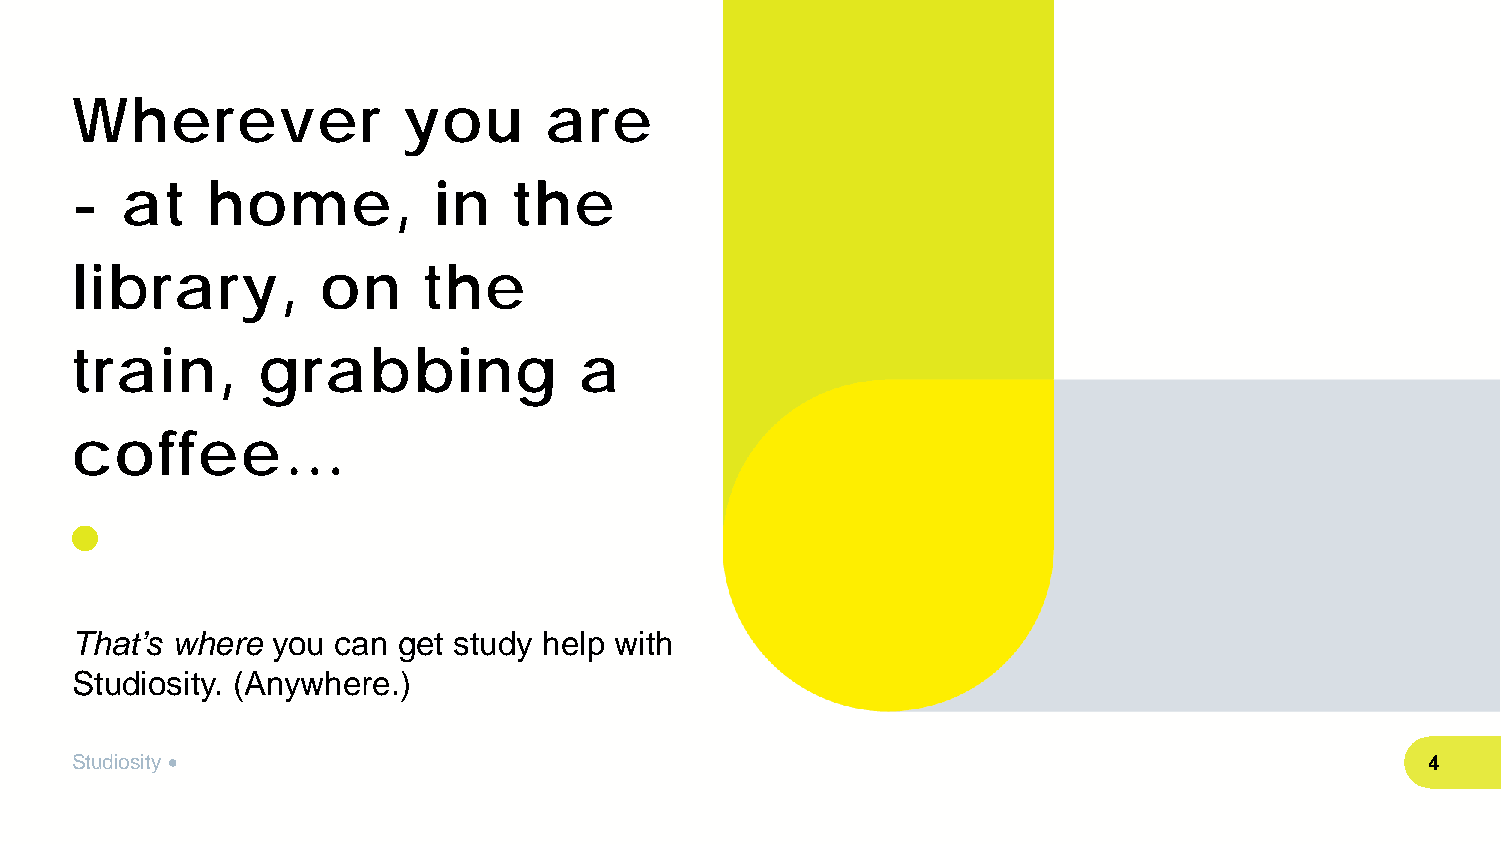
Wherever              you      are
 -  at    home,          in   the
 library,        on     the
 train,      grabbing             a
 coffee…
 That’s where you can get study help with
 Studiosity. (Anywhere.)
 Studiosity •                                                                              4